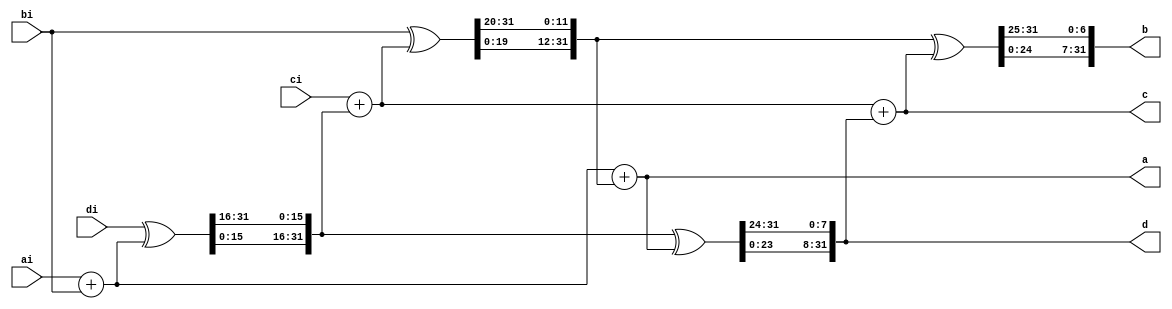
`default_nettype none
`define ARRAY16(A) {A[0],A[1],A[2],A[3],A[4],A[5],A[6],A[7],A[8],A[9],A[10],A[11],A[12],A[13],A[14],A[15]}

module chacha20_quarter(input wire [31:0] ai, bi, ci, di,
                        output reg [31:0] a, b, c, d);
    always @(*) begin a=ai; b=bi; c=ci; d=di;
        `define ROTL32(w,n) {w[31-n:0], w[31:32-n]}
        a = a + b; d = d ^ a; d = `ROTL32(d, 16);
        c = c + d; b = b ^ c; b = `ROTL32(b, 12);
        a = a + b; d = d ^ a; d = `ROTL32(d,  8);
        c = c + d; b = b ^ c; b = `ROTL32(b,  7);
        `undef ROTL32
    end
endmodule

module chacha20(input wire clock,
                input wire start,
                input  wire [255:0] key,
                input  wire [63:0] index, // integer, not little-endian bytes
                input  wire [63:0] nonce,
                output reg done = 0,
                output wire [511:0] out);
    function automatic [31:0] LE32(input [31:0] a);
        LE32 = {a[7:0], a[15:8], a[23:16], a[31:24]};
    endfunction
    localparam CONST = 128'h657870616e642033322d62797465206b; // "expand 32-byte k".encode('hex')
    wire [511:0] init ={CONST, key, LE32(index[31:0]), LE32(index[63:32]), nonce};
    parameter ROUNDS=20;
    reg [4:0] i = ROUNDS+1; // [0, ROUNDS] => running; ROUNDS+1 => ready

    reg [31:0] x [0:15];
    wire [31:0] x_init [0:15];
    wire [31:0] x_final [0:15];
    genvar j; generate for (j = 0; j < 16; j = j + 1) begin: gen
        assign x_init [j] =      LE32(init[511 - 32*j -: 32]        );
        assign x_final[j] = LE32(LE32(init[511 - 32*j -: 32]) + x[j]);
    end endgenerate

    wire v = i[0] == 0; // even => mix columns; odd => mix diagonals
    wire [31:0] a1, a2, a3, a4, b1, b2, b3, b4, c1, c2, c3, c4, d1, d2, d3, d4;
    chacha20_quarter q1(.ai(x[0]), .bi(x[v?4:5]), .ci(x[v?8:10]), .di(x[v?12:15]),
                        .a(a1),    .b(b1),        .c(c1),         .d(d1));
    chacha20_quarter q2(.ai(x[1]), .bi(x[v?5:6]), .ci(x[v?9:11]), .di(x[v?13:12]),
                        .a(a2),    .b(b2),        .c(c2),         .d(d2));
    chacha20_quarter q3(.ai(x[2]), .bi(x[v?6:7]), .ci(x[v?10:8]), .di(x[v?14:13]),
                        .a(a3),    .b(b3),        .c(c3),         .d(d3));
    chacha20_quarter q4(.ai(x[3]), .bi(x[v?7:4]), .ci(x[v?11:9]), .di(x[v?15:14]),
                        .a(a4),    .b(b4),        .c(c4),         .d(d4));
    always @(posedge clock) begin
        if (i < ROUNDS) begin
            {x[0], x[4], x[ 8], x[12]} <= {a1, v?b1:b4, v?c1:c3, v?d1:d2};
            {x[1], x[5], x[ 9], x[13]} <= {a2, v?b2:b1, v?c2:c4, v?d2:d3};
            {x[2], x[6], x[10], x[14]} <= {a3, v?b3:b2, v?c3:c1, v?d3:d4};
            {x[3], x[7], x[11], x[15]} <= {a4, v?b4:b3, v?c4:c2, v?d4:d1};
        end
        if (start) begin
            i <= 0;
            `ARRAY16(x) <= `ARRAY16(x_init);
        end
        if (i < ROUNDS+1) i <= i + 1;
        if (i == ROUNDS) begin
            done <= 1;
            `ARRAY16(x) <= `ARRAY16(x_final);
        end
        if (done) done <= 0;
    end
    assign out = `ARRAY16(x);
endmodule